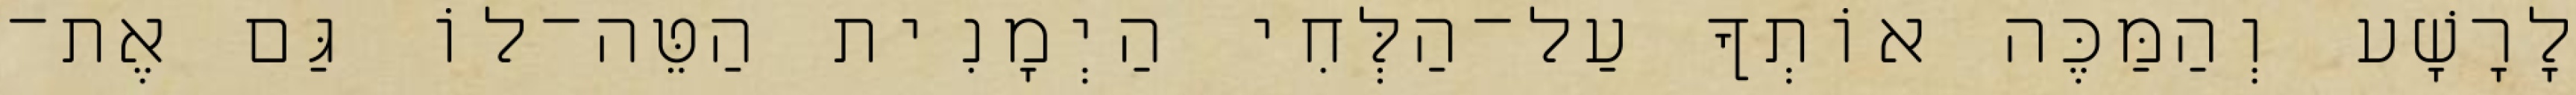
לָרָשָׁע וְהַמַּכֶּה אוֹתְךָ עַל־הַלְּחִי הַיְמָנִית הַטֵּה־לוֹ גַּם אֶת־